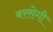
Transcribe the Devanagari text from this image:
बरसेगी